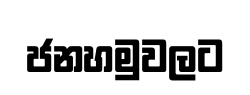
ජනහමුවලට